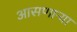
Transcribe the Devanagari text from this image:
आसणाऱ्या